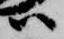
尉